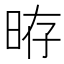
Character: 𣆱